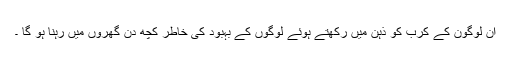
ان لوگون کے کرب کو ذہن میں رکھتے ہوئے لوگوں کے بہبود کی خاطر کچھ دن گھروں میں رہنا ہو گا ۔